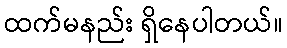
ထက်မနည်း ရှိနေပါတယ်။